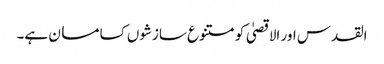
القدس اور الاقصیٰ کو متنوع سازشوں کسا مسان ہے۔